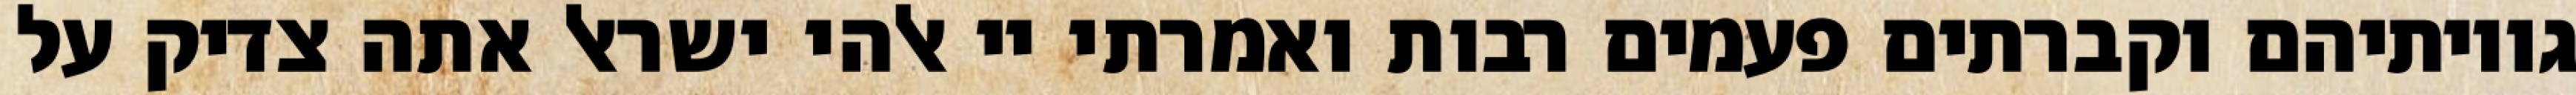
גויותיהם וקברתים פעמים רבות ואמרתי יי אלהי ישראל אתה צדיק על